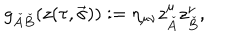
g _ { \check { A } \check { B } } ( z ( \tau , \vec { \sigma } ) ) : = \eta _ { \mu \nu } z _ { \check { A } } ^ { \mu } z _ { \check { B } } ^ { \nu } ,